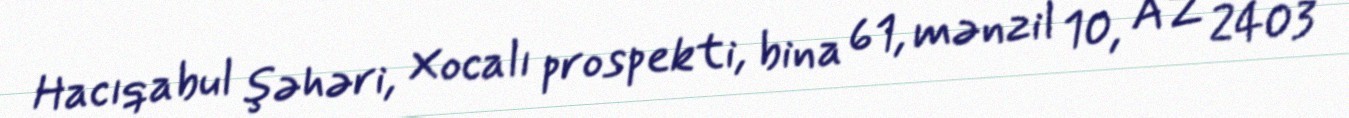
Hacıqabul şəhəri, Xocalı prospekti, bina 61, mənzil 10, AZ 2403